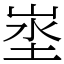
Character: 埊